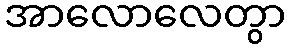
အာလောလေတွာ